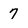
Character: 7